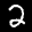
Label: 2